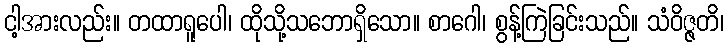
ငါ့အားလည်း။ တထာရူပေါ၊ ထိုသို့သဘောရှိသော။ စာဂေါ၊ စွန့်ကြဲခြင်းသည်။ သံဝိဇ္ဇတိ၊